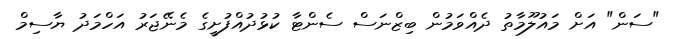
"ސަން" އަށް މައުލޫމާތު ދެއްވަމުން ބިޒްނަސް ސެންޓާ ކުޅުދުއްފުށީގެ މެނޭޖަރު އަހްމަދު ޔާސިމް